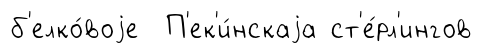
б'елко́воjе П'ек'и́нскаjа ст'е́рл'ингов